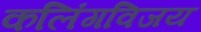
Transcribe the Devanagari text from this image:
कलिंगविजय